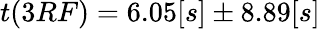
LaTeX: t(3RF)=6.05[s]\pm 8.89[s]